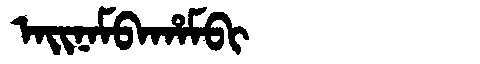
Manchu: ᠠᡳᠨᠠᠮᠪᠠᡥᠠᠮᠪᡳ
Romanization: AINAMBAHAMBI